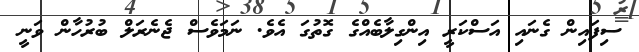
ސިފައިން ގެނައި އަސްކަރީ އިންގިލާބެއްގެ ގޮތުގަ އެވެ. ނަމަވެސް ޖެނެރަލް ބުރުހާން ވަނީ